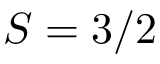
S = 3 / 2